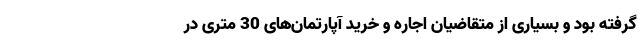
گرفته بود و بسیاری از متقاضیان اجاره و خرید آپارتمان‌های 30 متری در